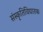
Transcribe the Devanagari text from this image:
संस्कृतिविघातक